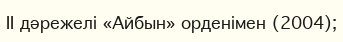
II дәрежелі «Айбын» орденімен (2004);